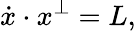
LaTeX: {\dot{x}}\cdot x^{\perp}=L,